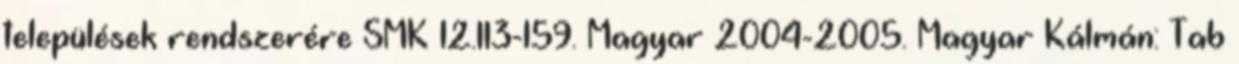
települések rendszerére SMK 12.113-159. Magyar 2004-2005. Magyar Kálmán: Tab